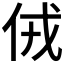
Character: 𠈋